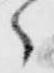
々